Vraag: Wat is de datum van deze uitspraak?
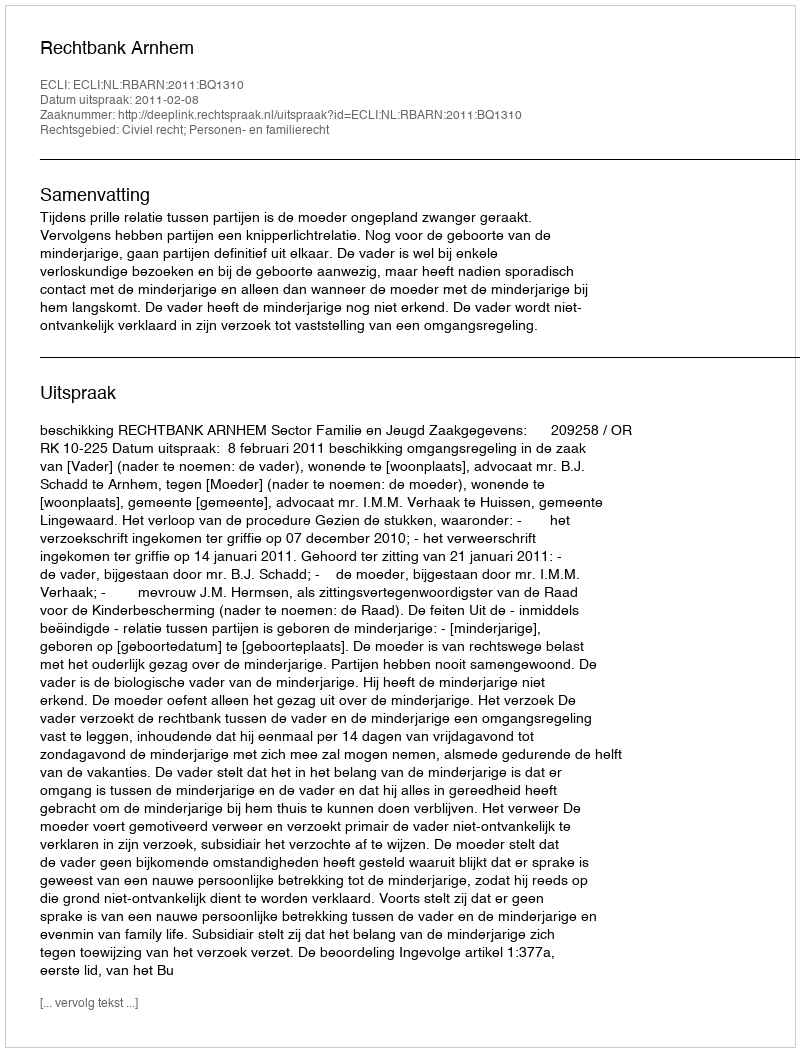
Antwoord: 2011-02-08